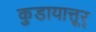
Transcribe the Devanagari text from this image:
कुडायात्तूर्